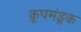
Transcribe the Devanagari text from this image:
कूपमंडूक